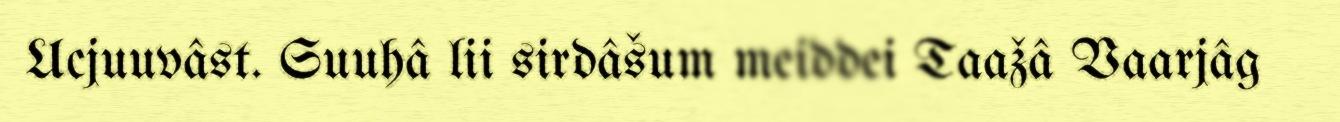
Ucjuuvâst. Suuhâ lii sirdâšum meiddei Taažâ Vaarjâg